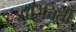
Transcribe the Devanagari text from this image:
परिचिती